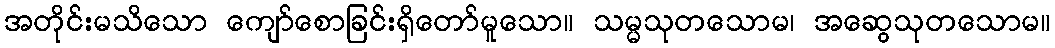
အတိုင်းမသိသော ကျော်စောခြင်းရှိတော်မူသော။ သမ္မသုတသောမ၊ အဆွေသုတသောမ။